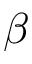
\beta